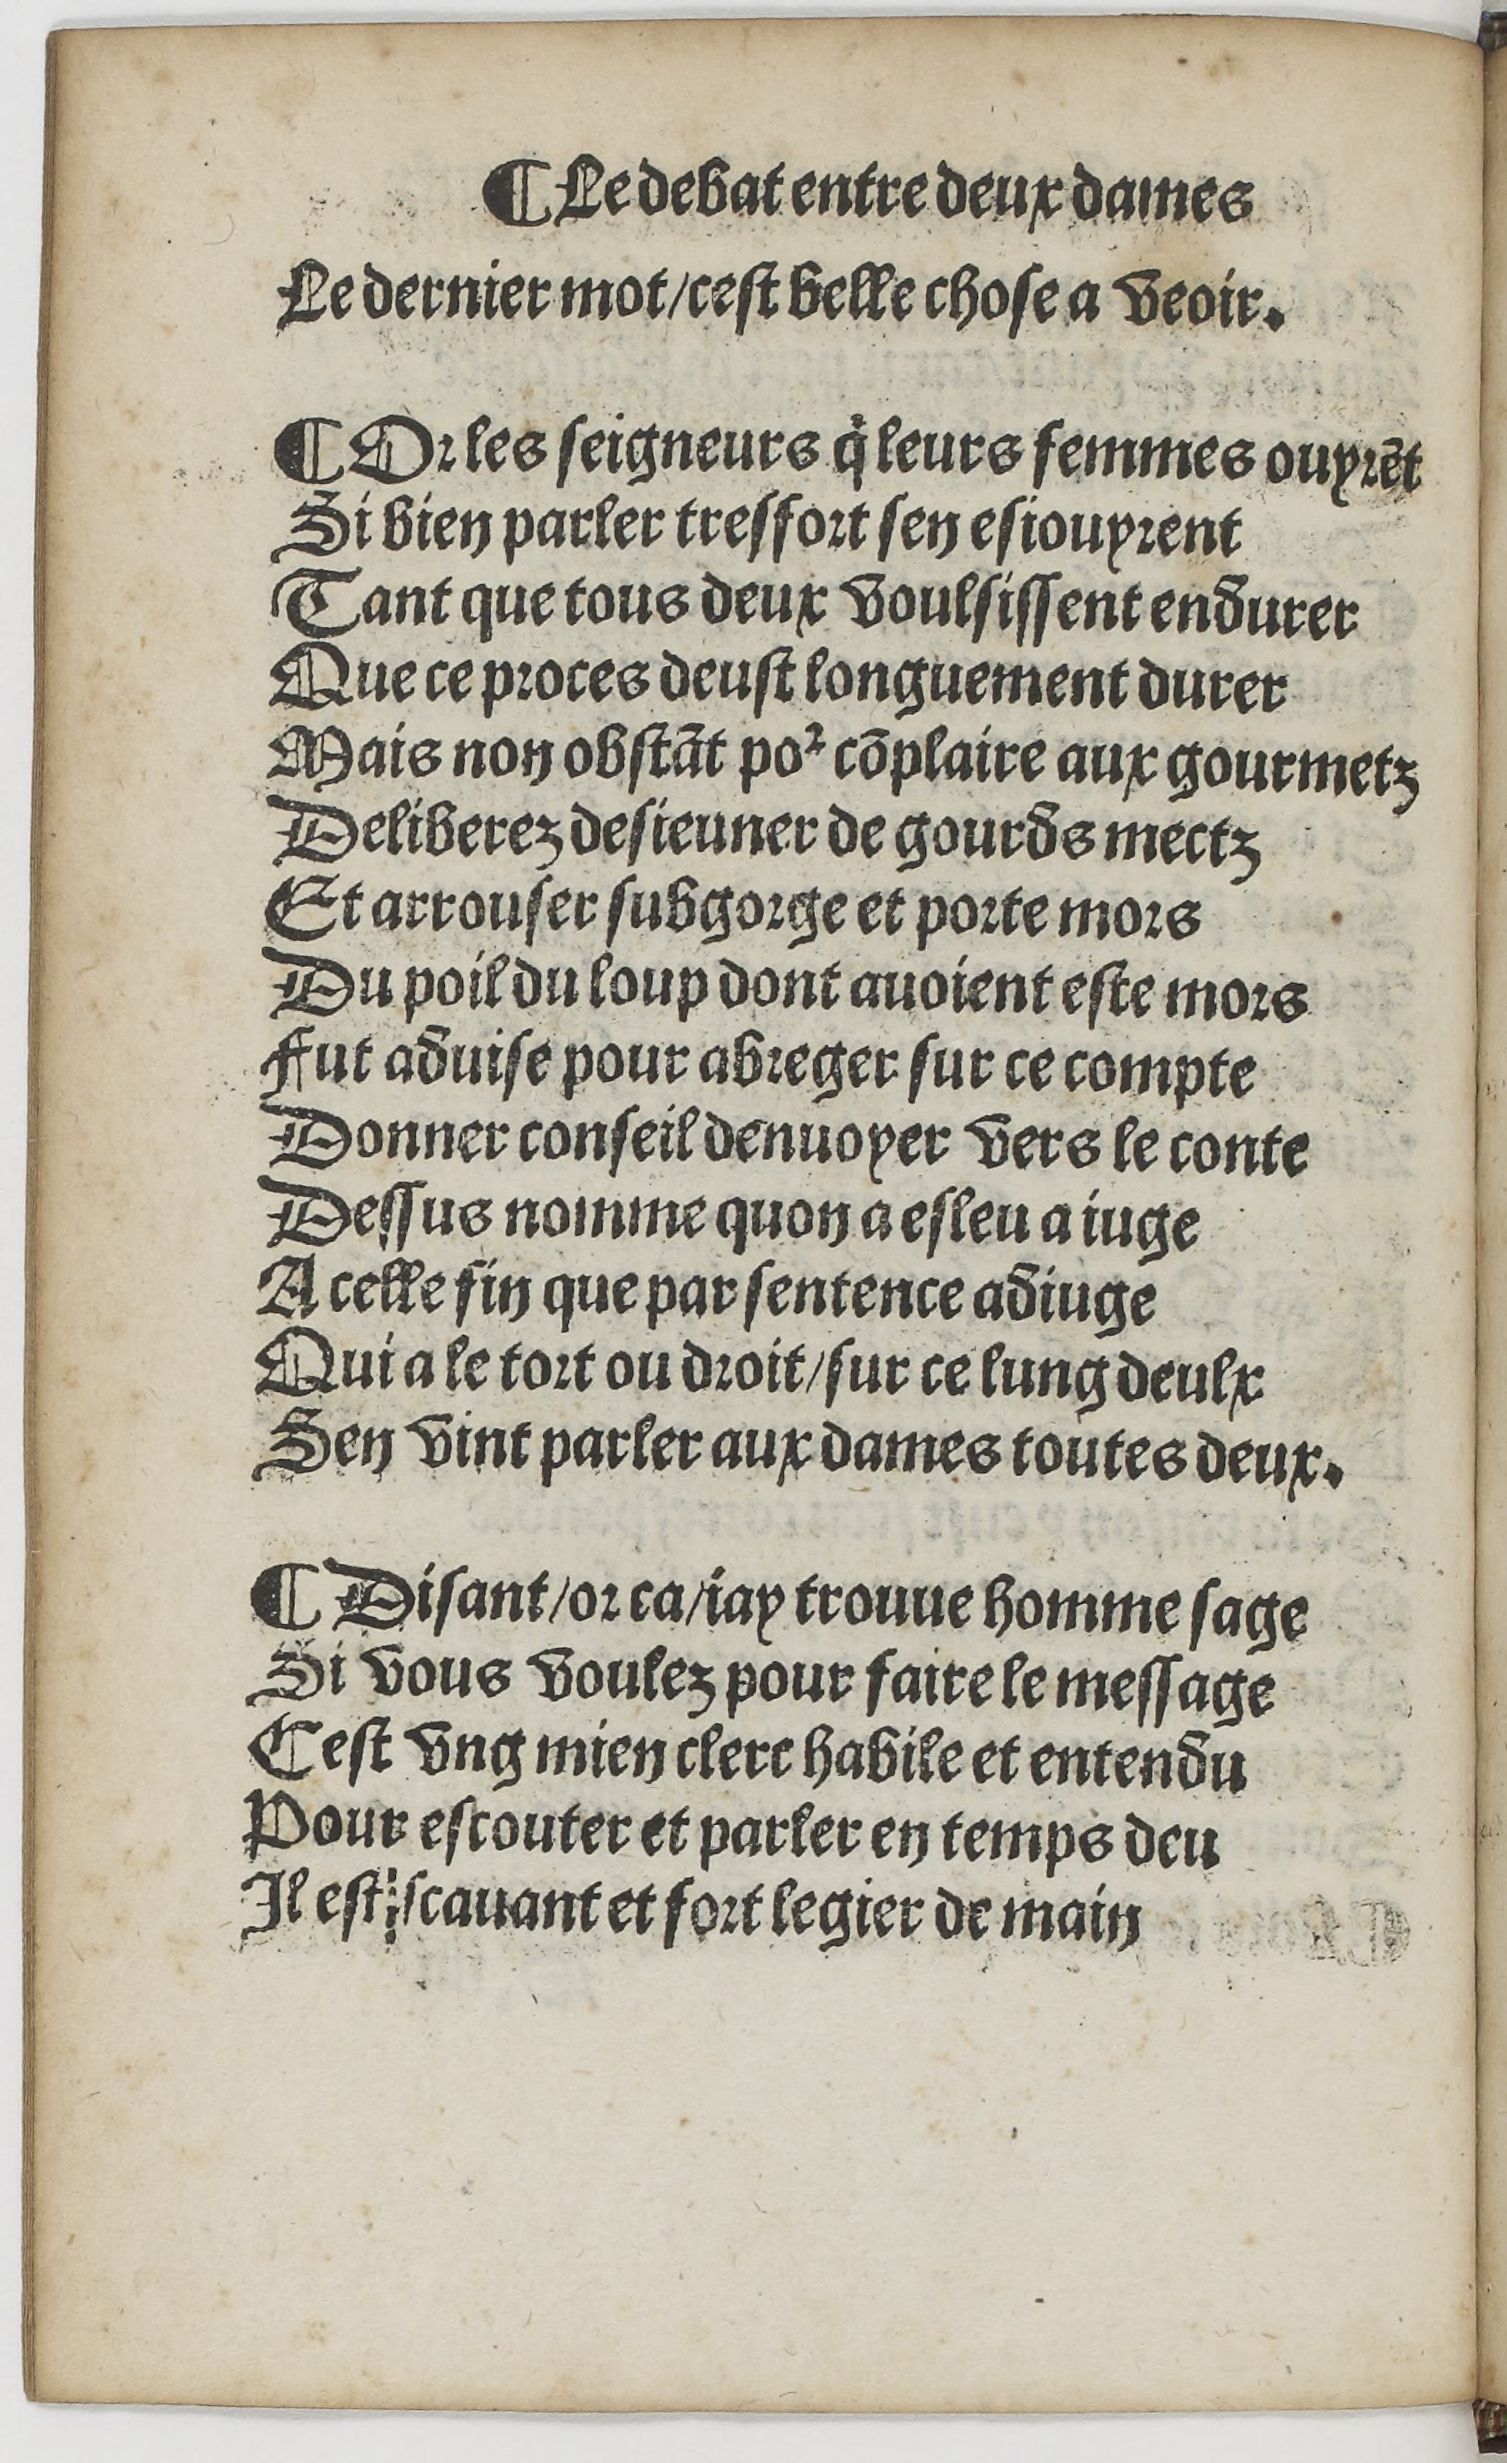
Shelfmark: Paris, BnF, Rés. YE-1395
Century: 16